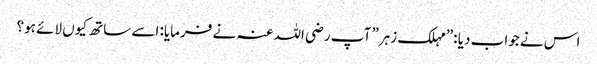
اس نے جواب دیا :”مہلک زہر” آپ رضی اللہ عنہ نے فرمایا: اسے ساتھ کیوں لائے ہو؟